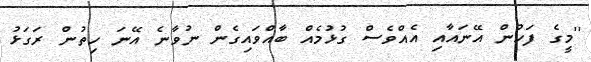
''މީގެ ފަހުން އޭނައާއި އެއްވެސް ގުޅުމެއް ބާއްވައިގެން ނުވާނެ އޭނަ ހިތުން ރަގަޅު